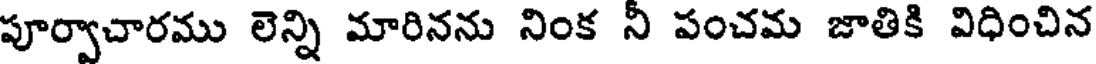
పూర్వాచారము లెన్ని మారినను నింక నీ పంచమ జాతికి విధించిన